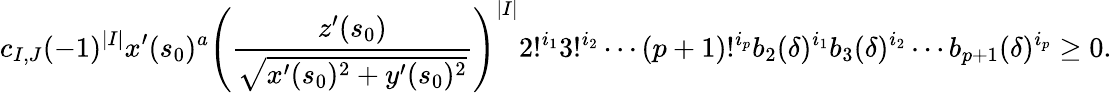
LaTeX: c_{I,J}(-1)^{|I|}x^{\prime}(s_{0})^{a}\left(\frac{z^{\prime}(s_{0})}{\sqrt{x^{\prime}(s_{0})^{2}+y^{\prime}(s_{0})^{2}}}\right)^{|I|}2!^{i_{1}}3!^{i_{2}}\cdots(p+1)!^{i_{p}}b_{2}(\delta)^{i_{1}}b_{3}(\delta)^{i_{2}}\cdots b_{p+1}(\delta)^{i_{p}}\geq 0.